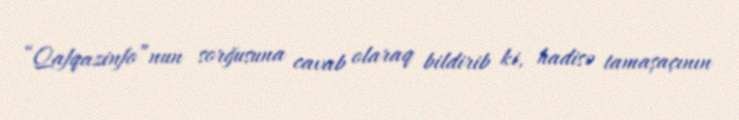
“Qafqazinfo”nun sorğusuna cavab olaraq bildirib ki, hadisə tamaşaçının